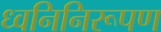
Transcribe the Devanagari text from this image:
ध्वनिनिरूपण